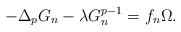
LaTeX: \begin{align*} -\Delta_p G_n - \lambda G_n^{p-1}= f_n \Omega.\end{align*}